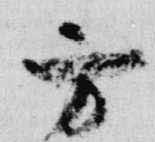
方